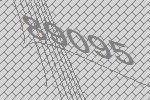
89095